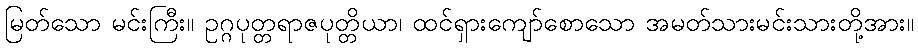
မြတ်သော မင်းကြီး။ ဥဂ္ဂပုတ္တရာဇပုတ္တိယာ၊ ထင်ရှားကျော်စောသော အမတ်သားမင်းသားတို့အား။